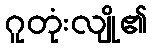
ဂူတုံးလျို၏